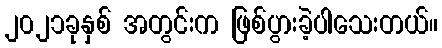
၂၀၂၁ခုနှစ် အတွင်းက ဖြစ်ပွားခဲ့ပါသေးတယ်။